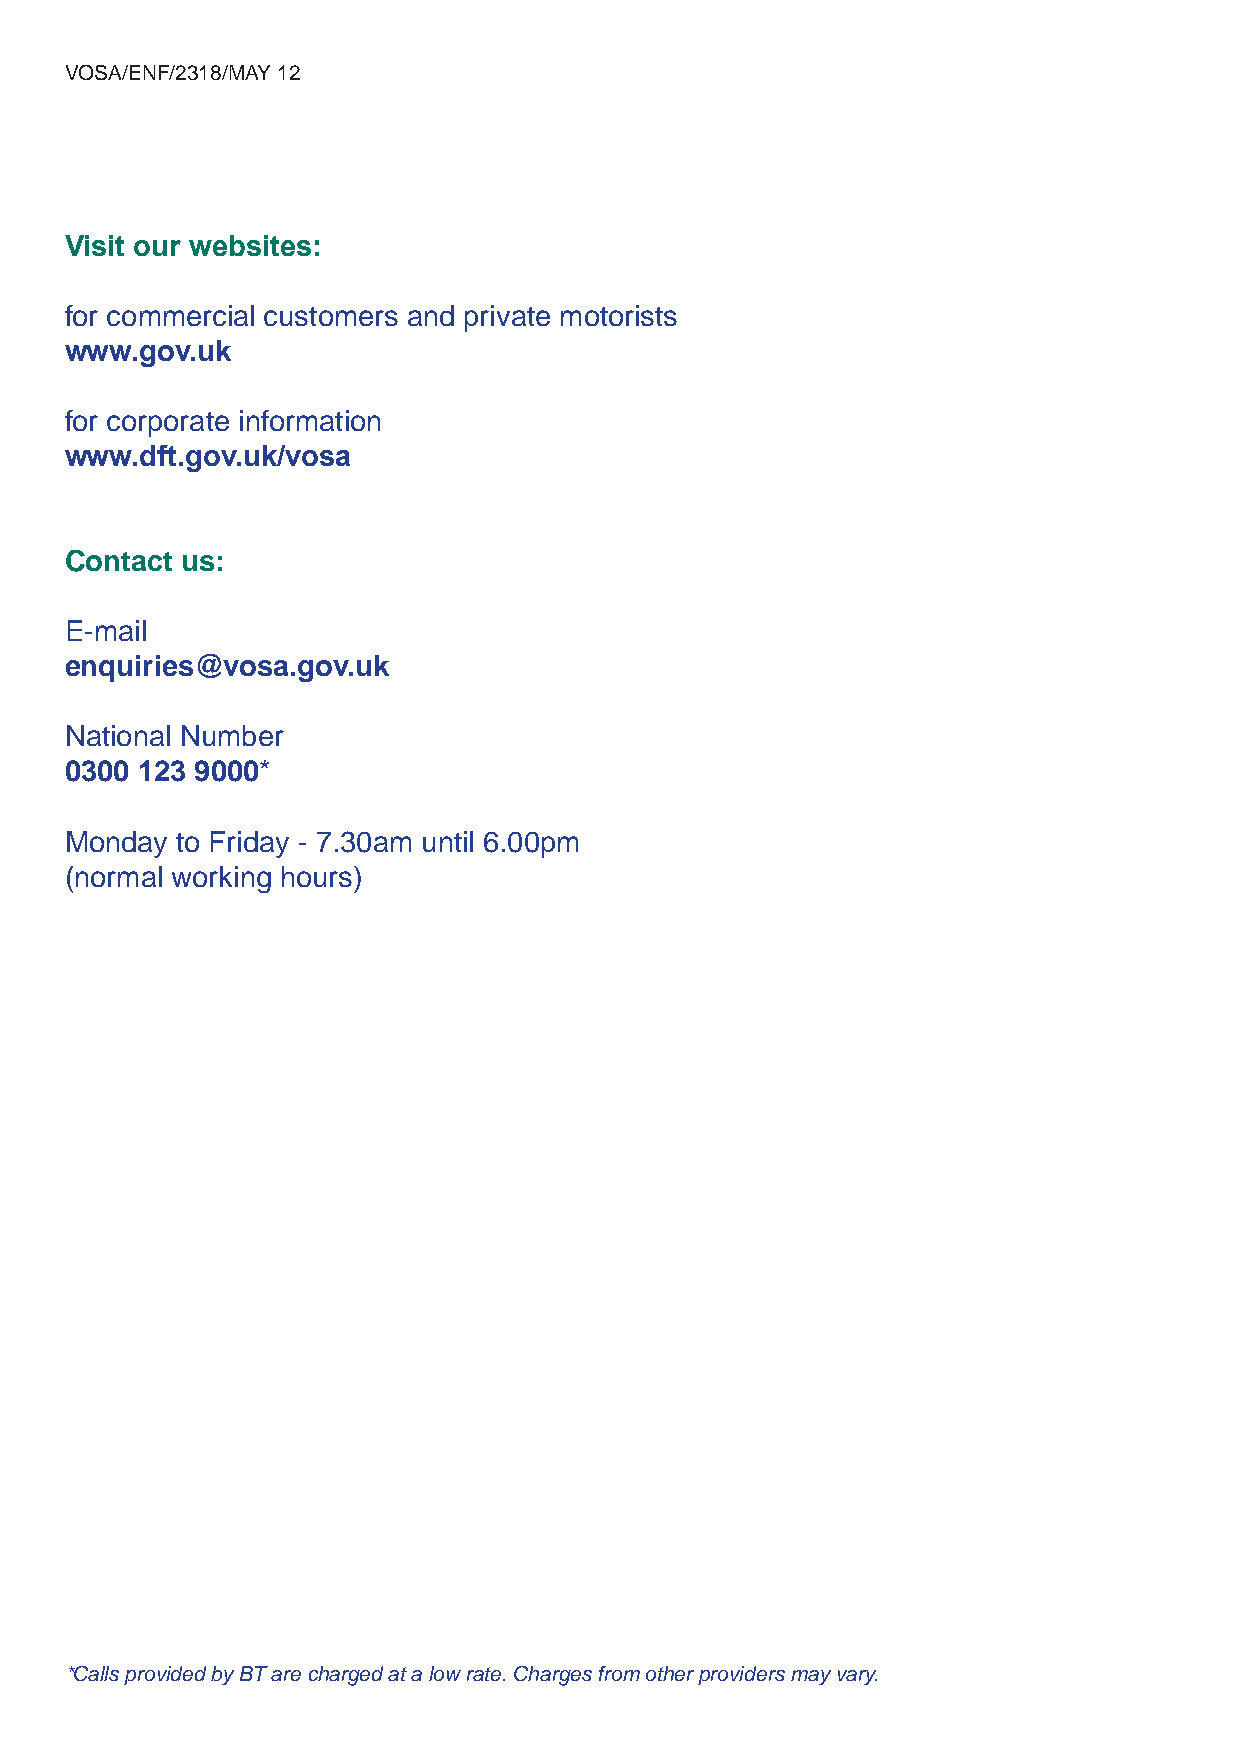
VOSA/ENF/2318/MAY 12
 Visit our websites:
 for commercial customers and private motorists
 www.gov.uk
 for corporate information
 www.dft.gov.uk/vosa
 Contact us:
 E-mail
 enquiries@vosa.gov.uk
 National Number
 0300 123 9000*
 Monday  to Friday - 7.30am until 6.00pm
 (normal working hours)
 *Calls provided by BT are charged at a low rate. Charges from other providers may vary.